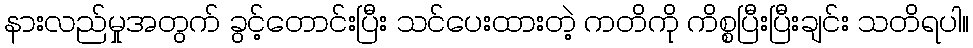
နားလည်မှုအတွက် ခွင့်တောင်းပြီး သင်ပေးထားတဲ့ ကတိကို ကိစ္စပြီးပြီးချင်း သတိရပါ။